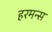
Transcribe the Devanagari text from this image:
हरमन्स